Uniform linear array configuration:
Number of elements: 16
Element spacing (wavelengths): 1
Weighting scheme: hann
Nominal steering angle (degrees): -15
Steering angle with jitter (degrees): -15.066
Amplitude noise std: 0.05
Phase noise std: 0.05

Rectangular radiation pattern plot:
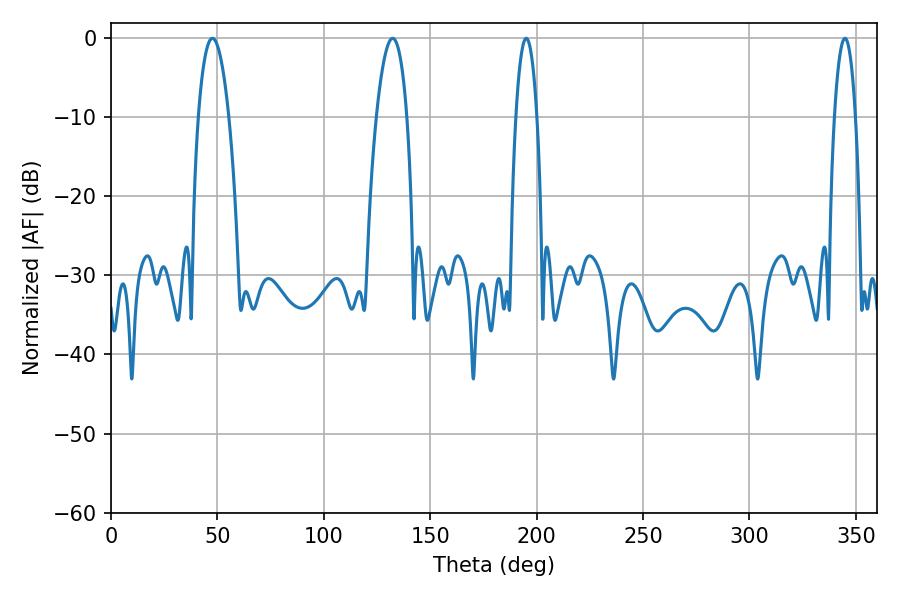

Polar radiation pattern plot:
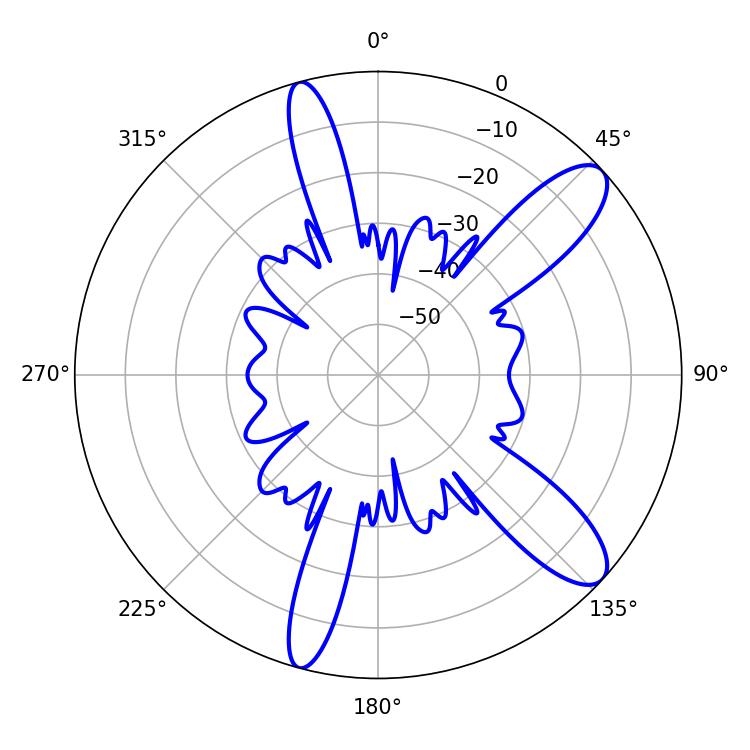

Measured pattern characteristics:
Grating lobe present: TRUE
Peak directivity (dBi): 10.787
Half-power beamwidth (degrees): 5.4
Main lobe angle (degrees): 195.12